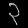
Digit: ၃